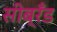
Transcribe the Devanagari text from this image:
सीब्रँड